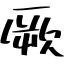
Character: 厥